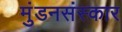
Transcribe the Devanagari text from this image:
मुंडनसंस्कार